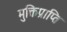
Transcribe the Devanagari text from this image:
मुक्तिप्राप्ति